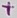
Text: +